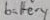
Text: battery